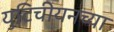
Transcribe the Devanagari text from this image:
युटिचीयनच्या